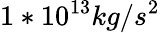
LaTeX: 1*10^{13}kg/s^{2}